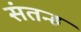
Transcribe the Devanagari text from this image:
संतन्ह